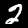
Label: 2